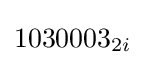
1030003_{2i}